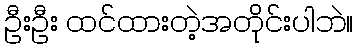
ဦးဦး ထင်ထားတဲ့အတိုင်းပါဘဲ။